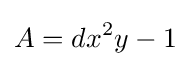
A=dx^{2}y-1